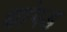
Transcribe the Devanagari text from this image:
धांगड